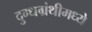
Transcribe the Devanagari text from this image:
दुग्धग्रंथीमध्ये